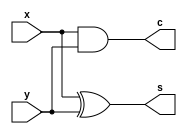
`timescale 1ns / 1ps
//////////////////////////////////////////////////////////////////////////////////
// Company: 
// Engineer: 
// 
// Design Name: 
// Module Name: half_adder
// Project Name: 
// Target Devices: 
// Tool Versions: 
// Description: 
// 
// Dependencies: 
// 
// Revision:
// Revision 0.01 - File Created
// Additional Comments:
// 
//////////////////////////////////////////////////////////////////////////////////


module half_adder(x, y, s, c);
input x, y;
output s, c;

xor (s, x, y);
and (c, x, y);

endmodule